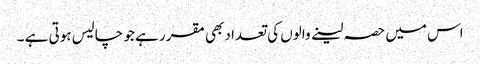
اس میں حصہ لینے والوں کی تعداد بھی مقرر ہے جو چالیس ہوتی ہے ۔